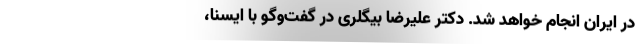
در ایران انجام خواهد شد. دکتر علیرضا بیگلری در گفت‌وگو با ایسنا،